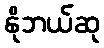
နိုဘယ်ဆု